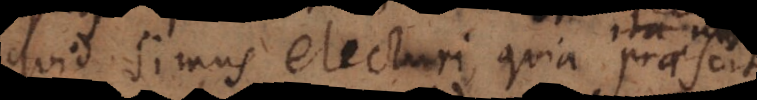
quid simus electuri, quia praescit